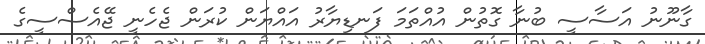
ގާނޫނު އަސާސީ ބުނާ ގޮތުން އުއްތަމަ ފަނޑިޔާރު އައްޔަން ކުރަން ޖެހެނީ ޖޭއެސްސީގެ